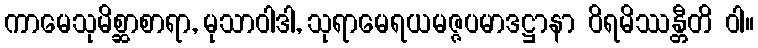
ကာမေသုမိစ္ဆာစာရာ, မုသာဝါဒါ, သုရာမေရယမဇ္ဇပမာဒဋ္ဌာနာ ဝိရမိဿန္တီတိ ဝါ။